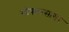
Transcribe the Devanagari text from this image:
भोपालसागर